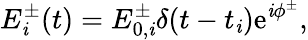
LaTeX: E_{\mathit{i}}^{\pm}(t)=E_{0,\mathit{i}}^{\pm}\delta(t-t_{\mathit{i}})\mathrm{{e}}^{\mathit{i}\phi^{\pm}},